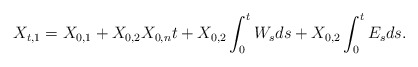
\begin{align*}X_{t,1} = X_{0,1} +X_{0,2}X_{0,n}t + X_{0,2}\int_0^t W_s ds + X_{0,2}\int_0^t E_s ds.\end{align*}